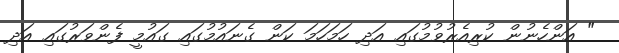
" އަންހެނުން ކުރިއެރުވުމުގައި އަދި ހަމަހަމަ ކަން ގެނައުމުގައި ގައުމީ ފެންވަރުގައި އަދި